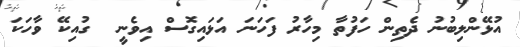
އުޅޭންލިބުނު ދެތިން ހަފުތާ މިހާރު ފަހަނަ އަޅައިގޮސް އިވެނީ  ގުއިކޭ ވާހަކަ